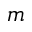
m